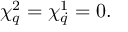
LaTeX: \chi _ { q } ^ { 2 } = \chi _ { \dot { q } } ^ { 1 } = 0 .